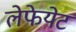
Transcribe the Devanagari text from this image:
लेफेयेट